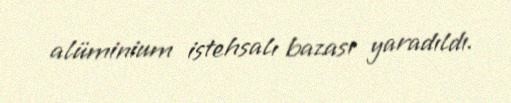
alüminium istehsalı bazası yaradıldı.